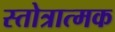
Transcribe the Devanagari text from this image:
स्तोत्रात्मक